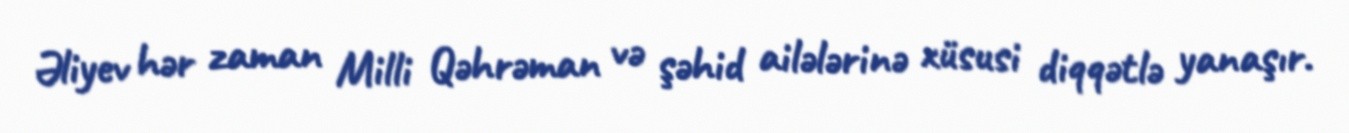
Əliyev hər zaman Milli Qəhrəman və şəhid ailələrinə xüsusi diqqətlə yanaşır.